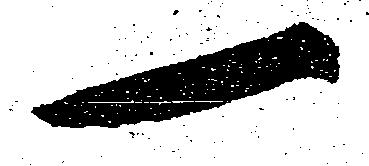
一